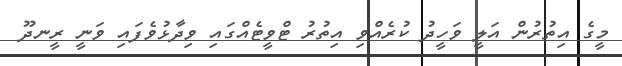
މީގެ އިތުރުން އަލީ ވަހީދު ކުރެއްވި އިތުރު ޓްވީޓެއްގައި ވިދާޅުވެފައި ވަނީ ރީނދޫ